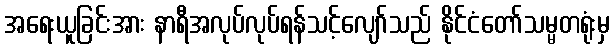
အရေးယူခြင်းအား နာရီအလုပ်လုပ်ရန်သင့်လျော်သည် နိုင်ငံတော်သမ္မတရုံးမှ